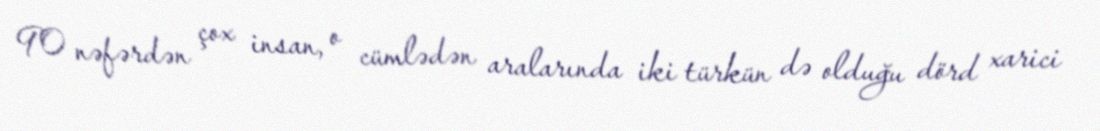
90 nəfərdən çox insan, o cümlədən aralarında iki türkün də olduğu dörd xarici